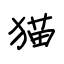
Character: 猫